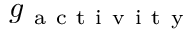
g _ { \mathrm { ~ a ~ c ~ t ~ i ~ v ~ i ~ t ~ y ~ } }